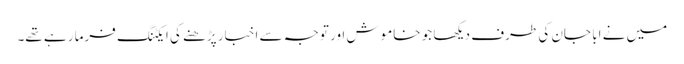
میں نے ابا جان کی طرف دیکھا جو خاموش اور توجہ سے اخبار پڑھنے کی ایکٹنگ فرما رہے تھے۔